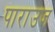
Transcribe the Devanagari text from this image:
पाराउज